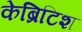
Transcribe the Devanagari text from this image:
केब्रिटिश